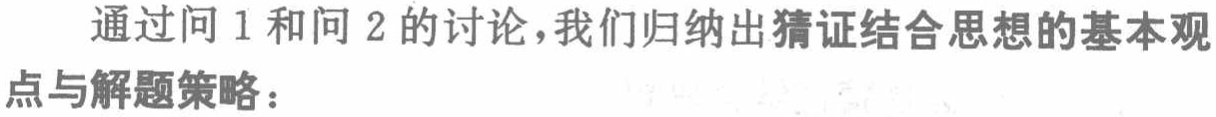
通过问 1 和问 2 的讨论，我们归纳出猜证结合思想的基本观

点与解题策略：